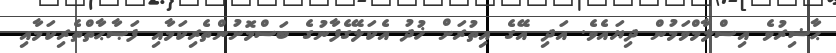
ޙާޟިރުވެ އިސްލާމްވަމުން ދިޔައެވެ. އަދި އޭގެ އިތުރަށް ޚުދު އެކަލޭގެފާނުގެ ބަސްމޮށުންތެރިކަމާއި ފަޞާޙާތްތެރިކަމާއި